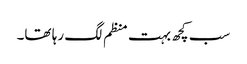
سب کچھ بہت منظم لگ رہا تھا۔